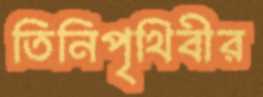
তিনিপৃথিবীর